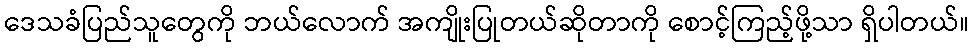
ဒေသခံပြည်သူတွေကို ဘယ်လောက် အကျိုးပြုတယ်ဆိုတာကို စောင့်ကြည့်ဖို့သာ ရှိပါတယ်။